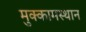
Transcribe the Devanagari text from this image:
मुक्कामस्थान